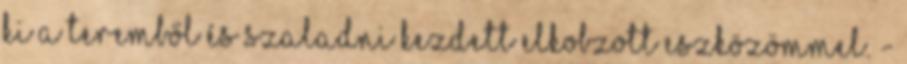
ki a teremből és szaladni kezdett elkobzott eszközömmel. -